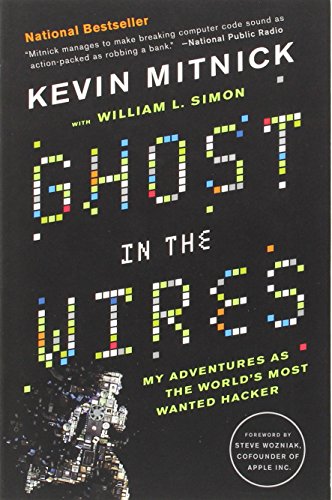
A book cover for Ghost in the Wires: My Adventures as the World's Most Wanted Hacker; Kevin Mitnick; Computers & Technology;